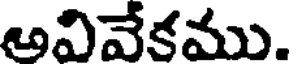
అవివేకము.